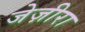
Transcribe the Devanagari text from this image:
जेज़ीरा